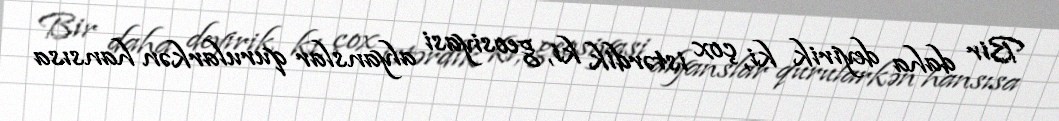
Bir daha deyirik ki, çox istərdik ki, geosiyasi alyanslar qurularkən hansısa